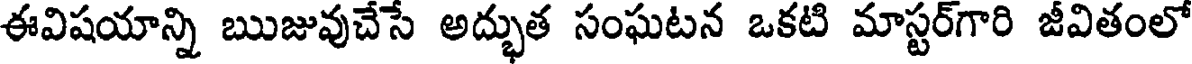
ఈవిషయాన్ని ఋజువుచేసే అద్భుత సంఘటన ఒకటి మాస్టర్గారి జీవితంలో